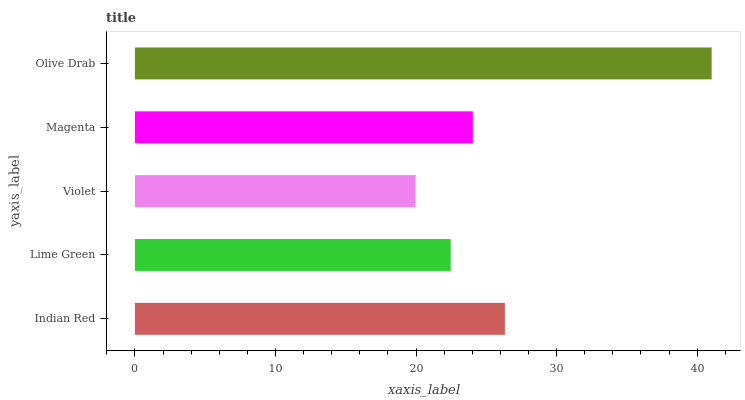
| yaxis_label | bars |
 | --- | --- |
 | Indian Red | 26.3 |
 | Lime Green | 22.5 |
 | Violet | 20 |
 | Magenta | 24 |
 | Olive Drab | 41 |